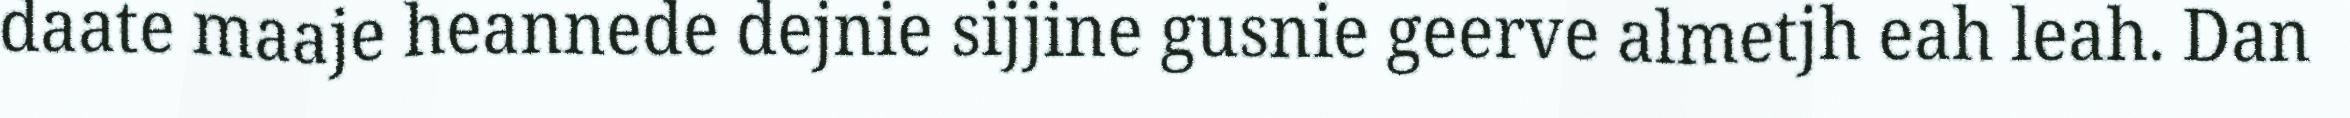
daate maaje heannede dejnie sijjine gusnie geerve almetjh eah leah. Dan